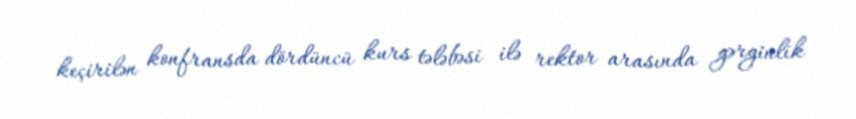
keçirilən konfransda dördüncü kurs tələbəsi ilə rektor arasında gərginlik